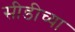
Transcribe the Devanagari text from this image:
सीडीच्या